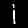
Label: 1